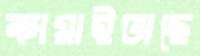
কামাইতাছে